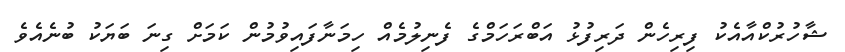
ޝާހުރުކްއާއެކު ފިރިހެން ދަރިފުޅު އަބްރަހަމްގެ ފެނިލުމެއް ހިމަނާފައިވުމުން ކަމަށް ގިނަ ބަޔަކު ބުނެއެވެ